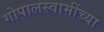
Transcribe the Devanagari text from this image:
गोपालस्वामींच्या